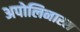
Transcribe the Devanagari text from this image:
अपोलिनारस